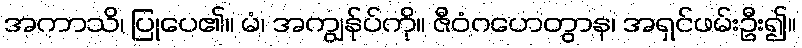
အကာသိ၊ ပြုပေ၏။ မံ၊ အကျွန်ုပ်ကို။ ဇီဝံဂဟေတွာန၊ အရှင်ဖမ်းဦး၍။